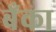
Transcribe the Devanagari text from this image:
बॅँका